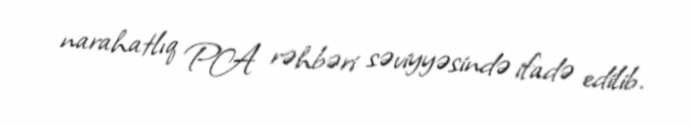
narahatlıq PA rəhbəri səviyyəsində ifadə edilib.